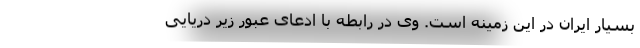
بسیار ایران در این زمینه است. وی در رابطه با ادعای عبور زیر دریایی